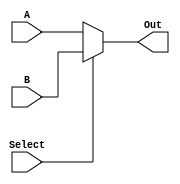
`timescale 1ns / 1ps
//////////////////////////////////////////////////////////////////////////////////
// Company: 
// Engineer: 
// 
// Design Name: 
// Module Name: selector32
// Project Name: 
// Target Devices: 
// Tool Versions: 
// Description: 
// 
// Dependencies: 
// 
// Revision:
// Revision 0.01 - File Created
// Additional Comments:
// 
//////////////////////////////////////////////////////////////////////////////////


module selector32(
    input Select,
    input [31:0] A,
    input [31:0] B,
    output [31:0] Out
    );

    assign Out = Select ? B : A;
endmodule